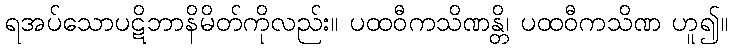
ရအပ်သောပဋိဘာနိမိတ်ကိုလည်း။ ပထဝီကသိဏန္တိ၊ ပထဝီကသိဏ ဟူ၍။